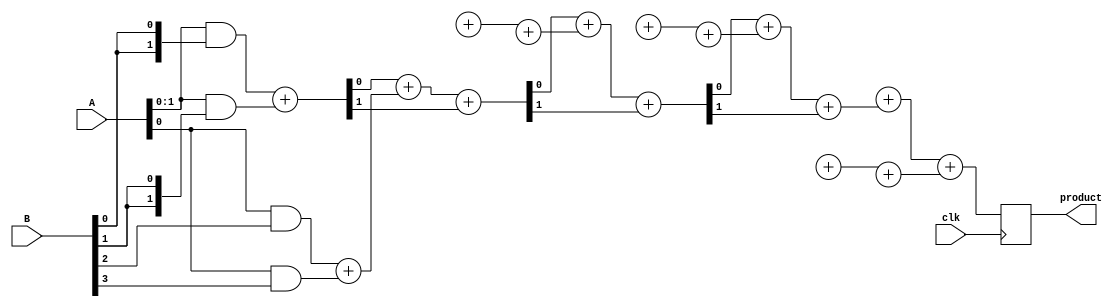
module WallaceTreeMultiplier #(
    parameter N = 4  // Width of inputs A and B
) (
    input clk,
    input [N-1:0] A,
    input [N-1:0] B,
    output reg [2*N-1:0] product
);

    // Intermediate signals
    wire [N-1:0] pp [0:N-1]; // Partial products
    wire [N-1:0] sum [0:N-1]; // Sums from Wallace tree
    wire [N-1:0] carry [0:N-1]; // Carries from Wallace tree
    wire [N-1:0] final_sum, final_carry;

    // Generate partial products
    genvar i, j;
    generate
        for (i = 0; i < N; i = i + 1) begin : partial_product_gen
            assign pp[i] = A & {N{B[i]}}; // AND operation for partial product generation
        end
    endgenerate

    // Wallace Tree Reduction
    // Level 1: Combine using Half Adders and Full Adders
    genvar level;
    generate
        for (level = 0; level < N; level = level + 1) begin : reduction_level
            if (level == 0) begin
                // First level: Combine pairs of bits
                for (i = 0; i < N; i = i + 1) begin : first_level
                    if (i % 2 == 0) begin
                        if (i + 1 < N) begin
                            assign {carry[level][i/2], sum[level][i/2]} = pp[i] + pp[i+1]; // Half adder
                        end else begin
                            assign sum[level][i/2] = pp[i]; // Last bit passes through
                            assign carry[level][i/2] = 0;
                        end
                    end
                end
            end else begin
                // Subsequent levels: Combine using Full Adders
                for (i = 0; i < N; i = i + 1) begin : subsequent_levels
                    if (i < (N >> 1)) begin
                        assign {carry[level][i], sum[level][i]} = sum[level-1][2*i] + sum[level-1][2*i+1] + (i < (N >> 1) ? carry[level-1][2*i] : 0);
                    end
                end
            end
        end
    endgenerate

    // Final Addition
    always @(posedge clk) begin
        product <= {final_carry, final_sum} + {1'b0, sum[N-1][0]} + {1'b0, sum[N-1][1]};
    end

endmodule